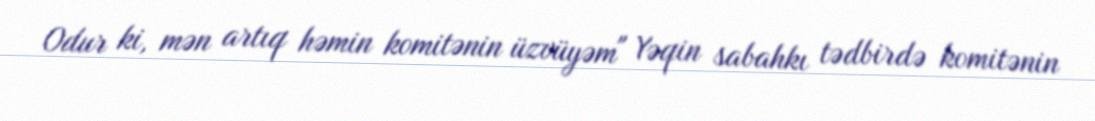
Odur ki, mən artıq həmin komitənin üzvüyəm" Yəqin sabahkı tədbirdə komitənin